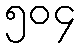
၅၀၄